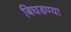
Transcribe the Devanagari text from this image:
बिघडण्या